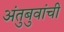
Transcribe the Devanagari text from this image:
अंतुबुवांची